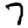
Digit: 7